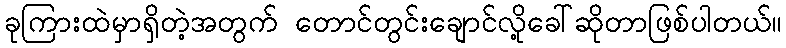
ခုကြားထဲမှာရှိတဲ့အတွက် တောင်တွင်းချောင်လို့ခေါ်ဆိုတာဖြစ်ပါတယ်။